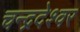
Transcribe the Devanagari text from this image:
चन्द्रदेश्वर